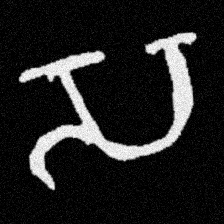
Pyu character \u2014 Myanmar letter: သ (romanized: sa)